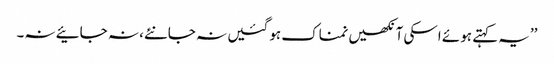
’’یہ کہتے ہوئے اسکی آنکھیں نمناک ہو گئیں نہ جانئے، نہ جائیے نہ۔